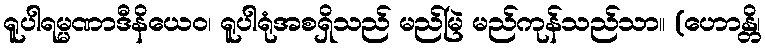
ရူပါရမ္မဏာဒီနိယေဝ၊ ရူပါရုံအစရှိသည် မည်မြဲ မည်ကုန်သည်သာ။ (ဟောန္တိ၊